Indian journal of veterinary science and animal husbandry - Volumes 22-23, 1952-1953
Year: 1952
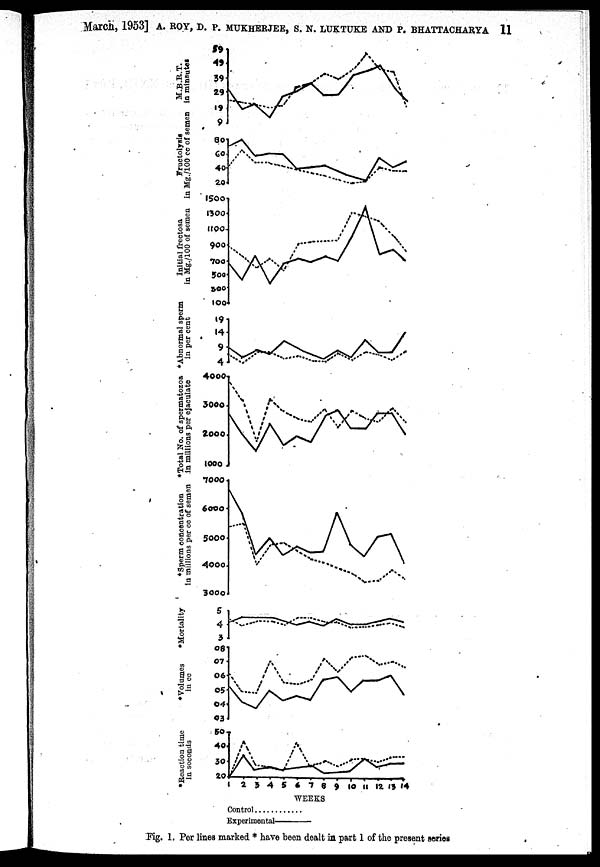
March, 1953] A. ROY, D. P. MUKHERJEE, S. N. LUKTUKE AND P. BHATTACHARYA 11
Fig. 1. Per lines marked * have been dealt in part 1 of the present series